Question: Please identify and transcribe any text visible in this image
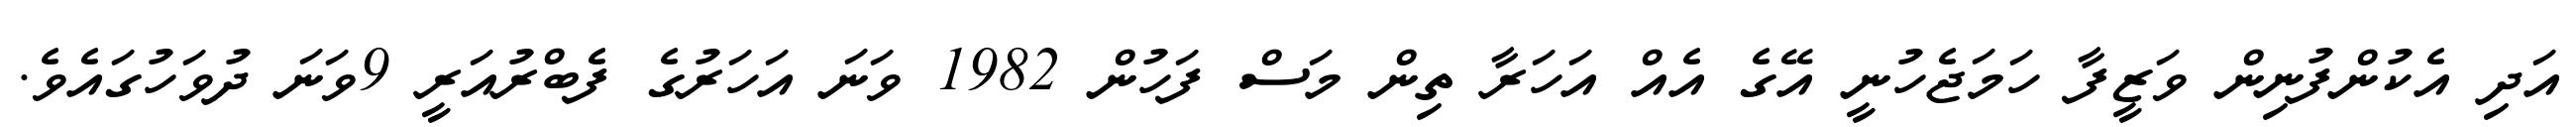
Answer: އަދި އެކުންފުނިން ވަޒީފާ ހަމަޖެހުނީ އޭގެ އެއް އަހަރާ ތިން މަސް ފަހުން 1982 ވަނަ އަހަރުގެ ފެބްރުއަރީ 9ވަނަ ދުވަހުގައެވެ.